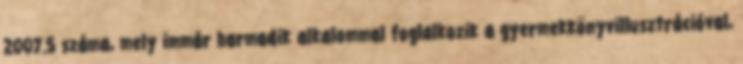
2007.5 száma, mely immár harmadik alkalommal foglalkozik a gyermekkönyvillusztrációval,